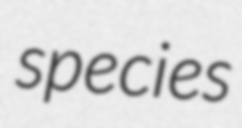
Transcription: species